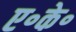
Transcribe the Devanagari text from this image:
ए॰के॰